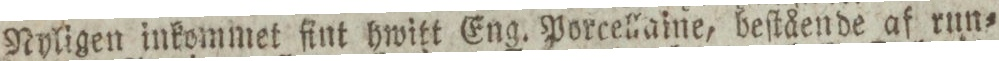
Nyligen inkommet fint hwitt Eng. Porcellaine, beſtående af run=